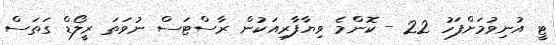
ޓީ އުނިވުމަށްފަހު 22 - ކޮންމެ ވިޔާފާރިއަކުން ރާސްޓަސް ނުވަތަ ރީލޯޑް ގަތަސް